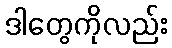
ဒါတွေကိုလည်း